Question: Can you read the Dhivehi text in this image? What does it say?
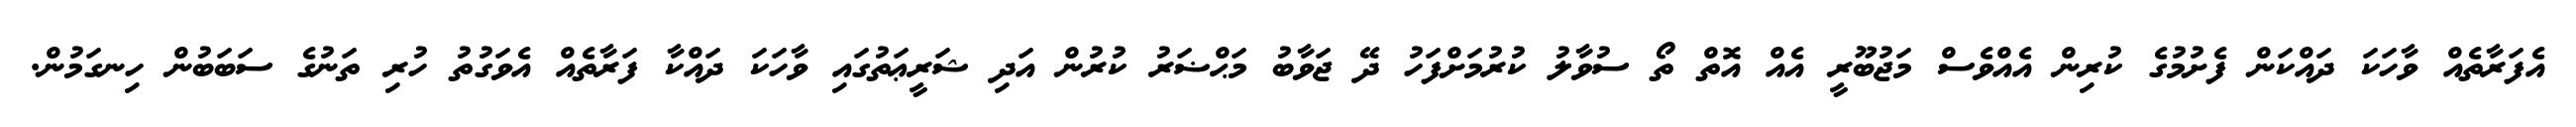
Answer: އެފަރާތެއް ވާހަކަ ދައްކަން ފެށުމުގެ ކުރިން އެއްވެސް މަޖުބޫރީ އެއް އޮތް ތޯ ސުވާލު ކުރުމަށްފަހު ދޭ ޖަވާބު މަޙްޟަރު ކުރުން އަދި ޝަރީޢަތުގައި ވާހަކަ ދައްކާ ފަރާތެއް އެވަގުތު ހުރި ތަނުގެ ސަބަބުން ހިނގަމުން.